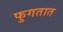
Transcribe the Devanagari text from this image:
फुगतात